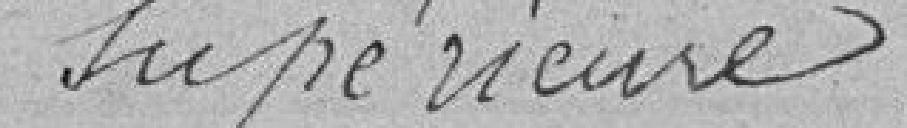
supérieure.